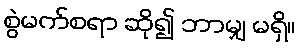
စွဲမက်စရာ ဆို၍ ဘာမျှ မရှိ။